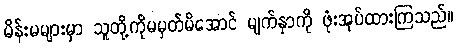
မိန်းမများမှာ သူတို့ကိုမမှတ်မိအောင် မျက်နှာကို ဖုံးအုပ်ထားကြသည်။